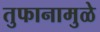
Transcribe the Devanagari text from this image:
तुफानामुळे